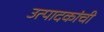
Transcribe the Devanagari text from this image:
उत्पादकांची